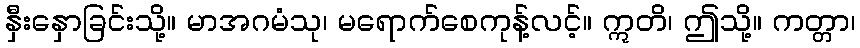
နှီးနှောခြင်းသို့။ မာအဂမံသု၊ မရောက်စေကုန့်လင့်။ ဣတိ၊ ဤသို့။ ကတ္တာ၊